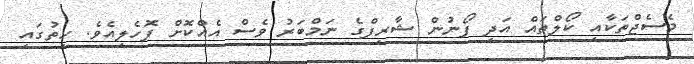
މެސެޖްތަކާއި ކޯލްތައް އަދި ފޯނުން ޝާރިފްގެ ނަމްބަރު ވެސް އެއްކޮށް ފޮހެލިއެވެ. ހިތުގައި